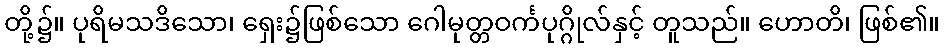
တို့၌။ ပုရိမသဒိသော၊ ရှေး၌ဖြစ်သော ဂေါမုတ္တဝင်္ကပုဂ္ဂိုလ်နှင့် တူသည်။ ဟောတိ၊ ဖြစ်၏။